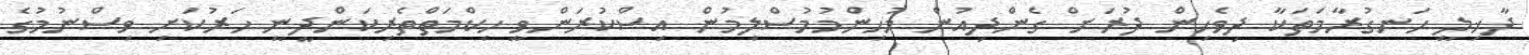
ދާޚިލީ ހަނގުރާމަތަކާ ދިވެހިން ދުރަށް ގެންދިއުން މުހިންމުމުސްލިމުން އިސްކުރަންވީ ހިކްމަތްތެރިކަންދީނީ ހަރުކަށި ވިސްނުމުގެ